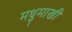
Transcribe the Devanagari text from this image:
मधुमाखी